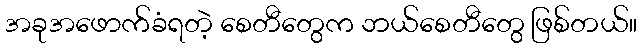
အခုအဖောက်ခံရတဲ့ စေတီတွေက ဘယ်စေတီတွေ ဖြစ်တယ်။